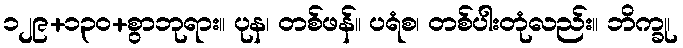
၁၂၉+၁၃၀+စွာဘုရား။ ပုန၊ တစ်ဖန်။ ပရံစ၊ တစ်ပါးတုံလည်း။ ဘိက္ခု၊